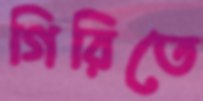
গিরিতে